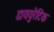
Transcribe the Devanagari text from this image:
डाययुरेटिक